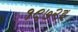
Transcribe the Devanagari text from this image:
१९७२इ